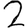
Digit: 2